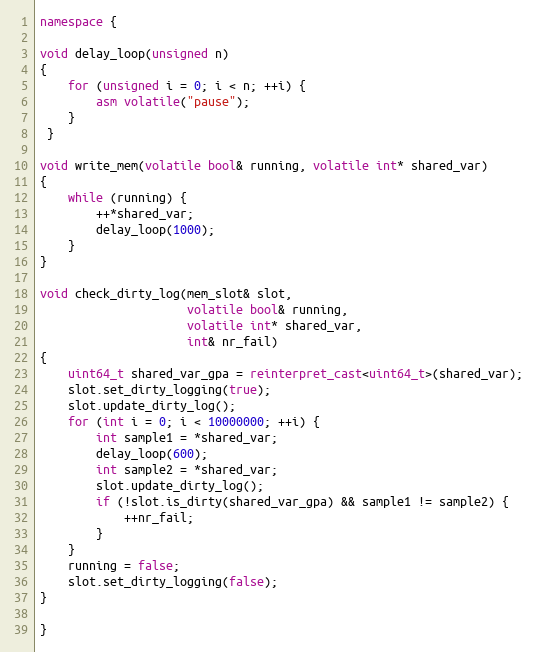
Language: C++
namespace {

void delay_loop(unsigned n)
{
    for (unsigned i = 0; i < n; ++i) {
        asm volatile("pause");
    }
 }

void write_mem(volatile bool& running, volatile int* shared_var)
{
    while (running) {
        ++*shared_var;
        delay_loop(1000);
    }
}

void check_dirty_log(mem_slot& slot,
                     volatile bool& running,
                     volatile int* shared_var,
                     int& nr_fail)
{
    uint64_t shared_var_gpa = reinterpret_cast<uint64_t>(shared_var);
    slot.set_dirty_logging(true);
    slot.update_dirty_log();
    for (int i = 0; i < 10000000; ++i) {
        int sample1 = *shared_var;
        delay_loop(600);
        int sample2 = *shared_var;
        slot.update_dirty_log();
        if (!slot.is_dirty(shared_var_gpa) && sample1 != sample2) {
            ++nr_fail;
        }
    }
    running = false;
    slot.set_dirty_logging(false);
}

}